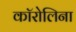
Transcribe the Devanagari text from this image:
काॅरोलिना